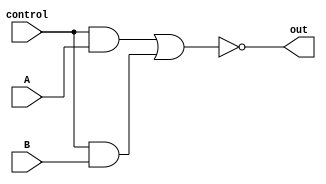
module XOR_gate (
  input A,
  input B,
  input control,
  output out
);

  wire not_A, not_B;
  wire A_pass, B_pass;

  assign not_A = ~A;
  assign not_B = ~B;
  
  assign A_pass = control & A;
  assign B_pass = control & B;

  assign out = ~(A_pass | B_pass); 

endmodule